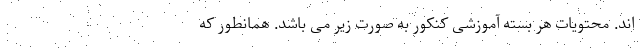
اند. محتویات هر بسته آموزشی کنکور به صورت زیر می باشد. همانطور که